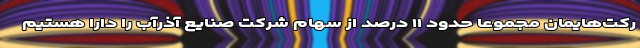
رکت‌هایمان مجموعاً حدود ۱۱ درصد از سهام شرکت صنایع آذرآب را دارا هستیم